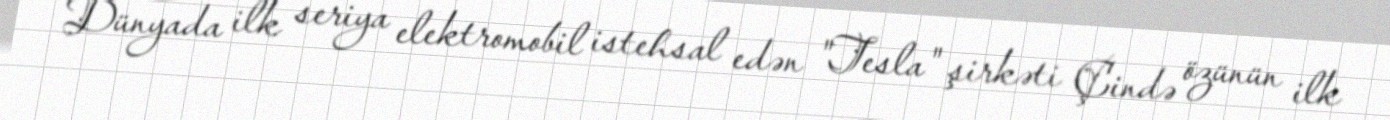
Dünyada ilk seriya elektromobil istehsal edən "Tesla" şirkəti Çində özünün ilk